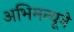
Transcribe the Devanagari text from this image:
अभिमन्यूने